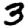
Digit: 3